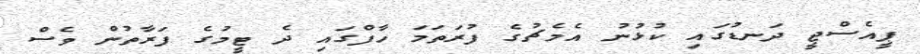
ޕީއެސްޖީ ދަނޑުގައި ކުޅުނު އެމެޗުގެ ފުރަތަމަ ހާފްގައި ދެ ޓީމުގެ ފަރާތުން ވެސް